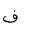
Letter: _fa